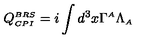
\displaystyle Q _ { \scriptscriptstyle C P I } ^ { \scriptscriptstyle B R S } = i \int d ^ { 3 } x \Gamma ^ { \scriptscriptstyle A } \Lambda _ { \scriptscriptstyle A }